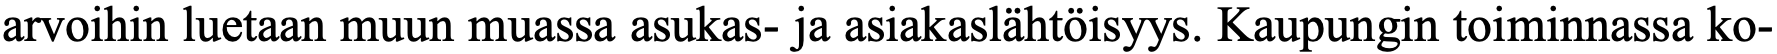
arvoihin luetaan muun muassa asukas- ja asiakaslähtöisyys. Kaupungin toiminnassa ko-